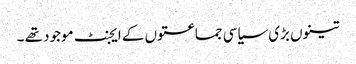
تینوں بڑی سیاسی جماعتوں کے ایجنٹ موجود تھے ۔